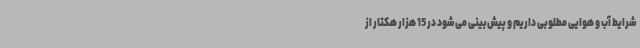
شرایط آب و هوایی مطلوبی داریم و پیش‌بینی می‌شود در 15 هزار هکتار از